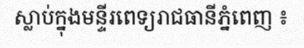
ស្លាប់ក្នុងមន្ទីរពេទ្យរាជធានីភ្នំពេញ ៖